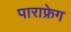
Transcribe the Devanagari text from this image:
पाराफ्रेग